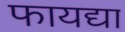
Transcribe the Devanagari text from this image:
फायद्या